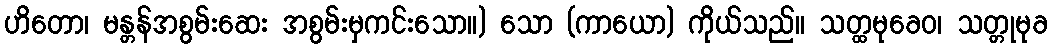
ဟိတော၊ မန္တန်အစွမ်းဆေး အစွမ်းမှကင်းသော။) သော (ကာယော) ကိုယ်သည်။ သတ္ထမုခေဝ၊ သတ္တုမုခ